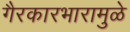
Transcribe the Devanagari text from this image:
गैरकारभारामुळे